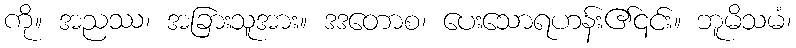
ကို။ အညဿ၊ အခြားသူအား။ ဒဒတောစ၊ ပေးသောရဟန်း၏၎င်း။ ဘူမိသမံ၊